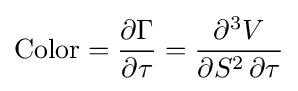
{\text{Color}}={\frac {\partial \Gamma }{\partial \tau }}={\frac {\partial ^{3}V}{\partial S^{2}\,\partial \tau }}